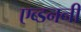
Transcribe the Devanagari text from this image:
एब्डननीं